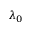
\lambda _ { 0 }